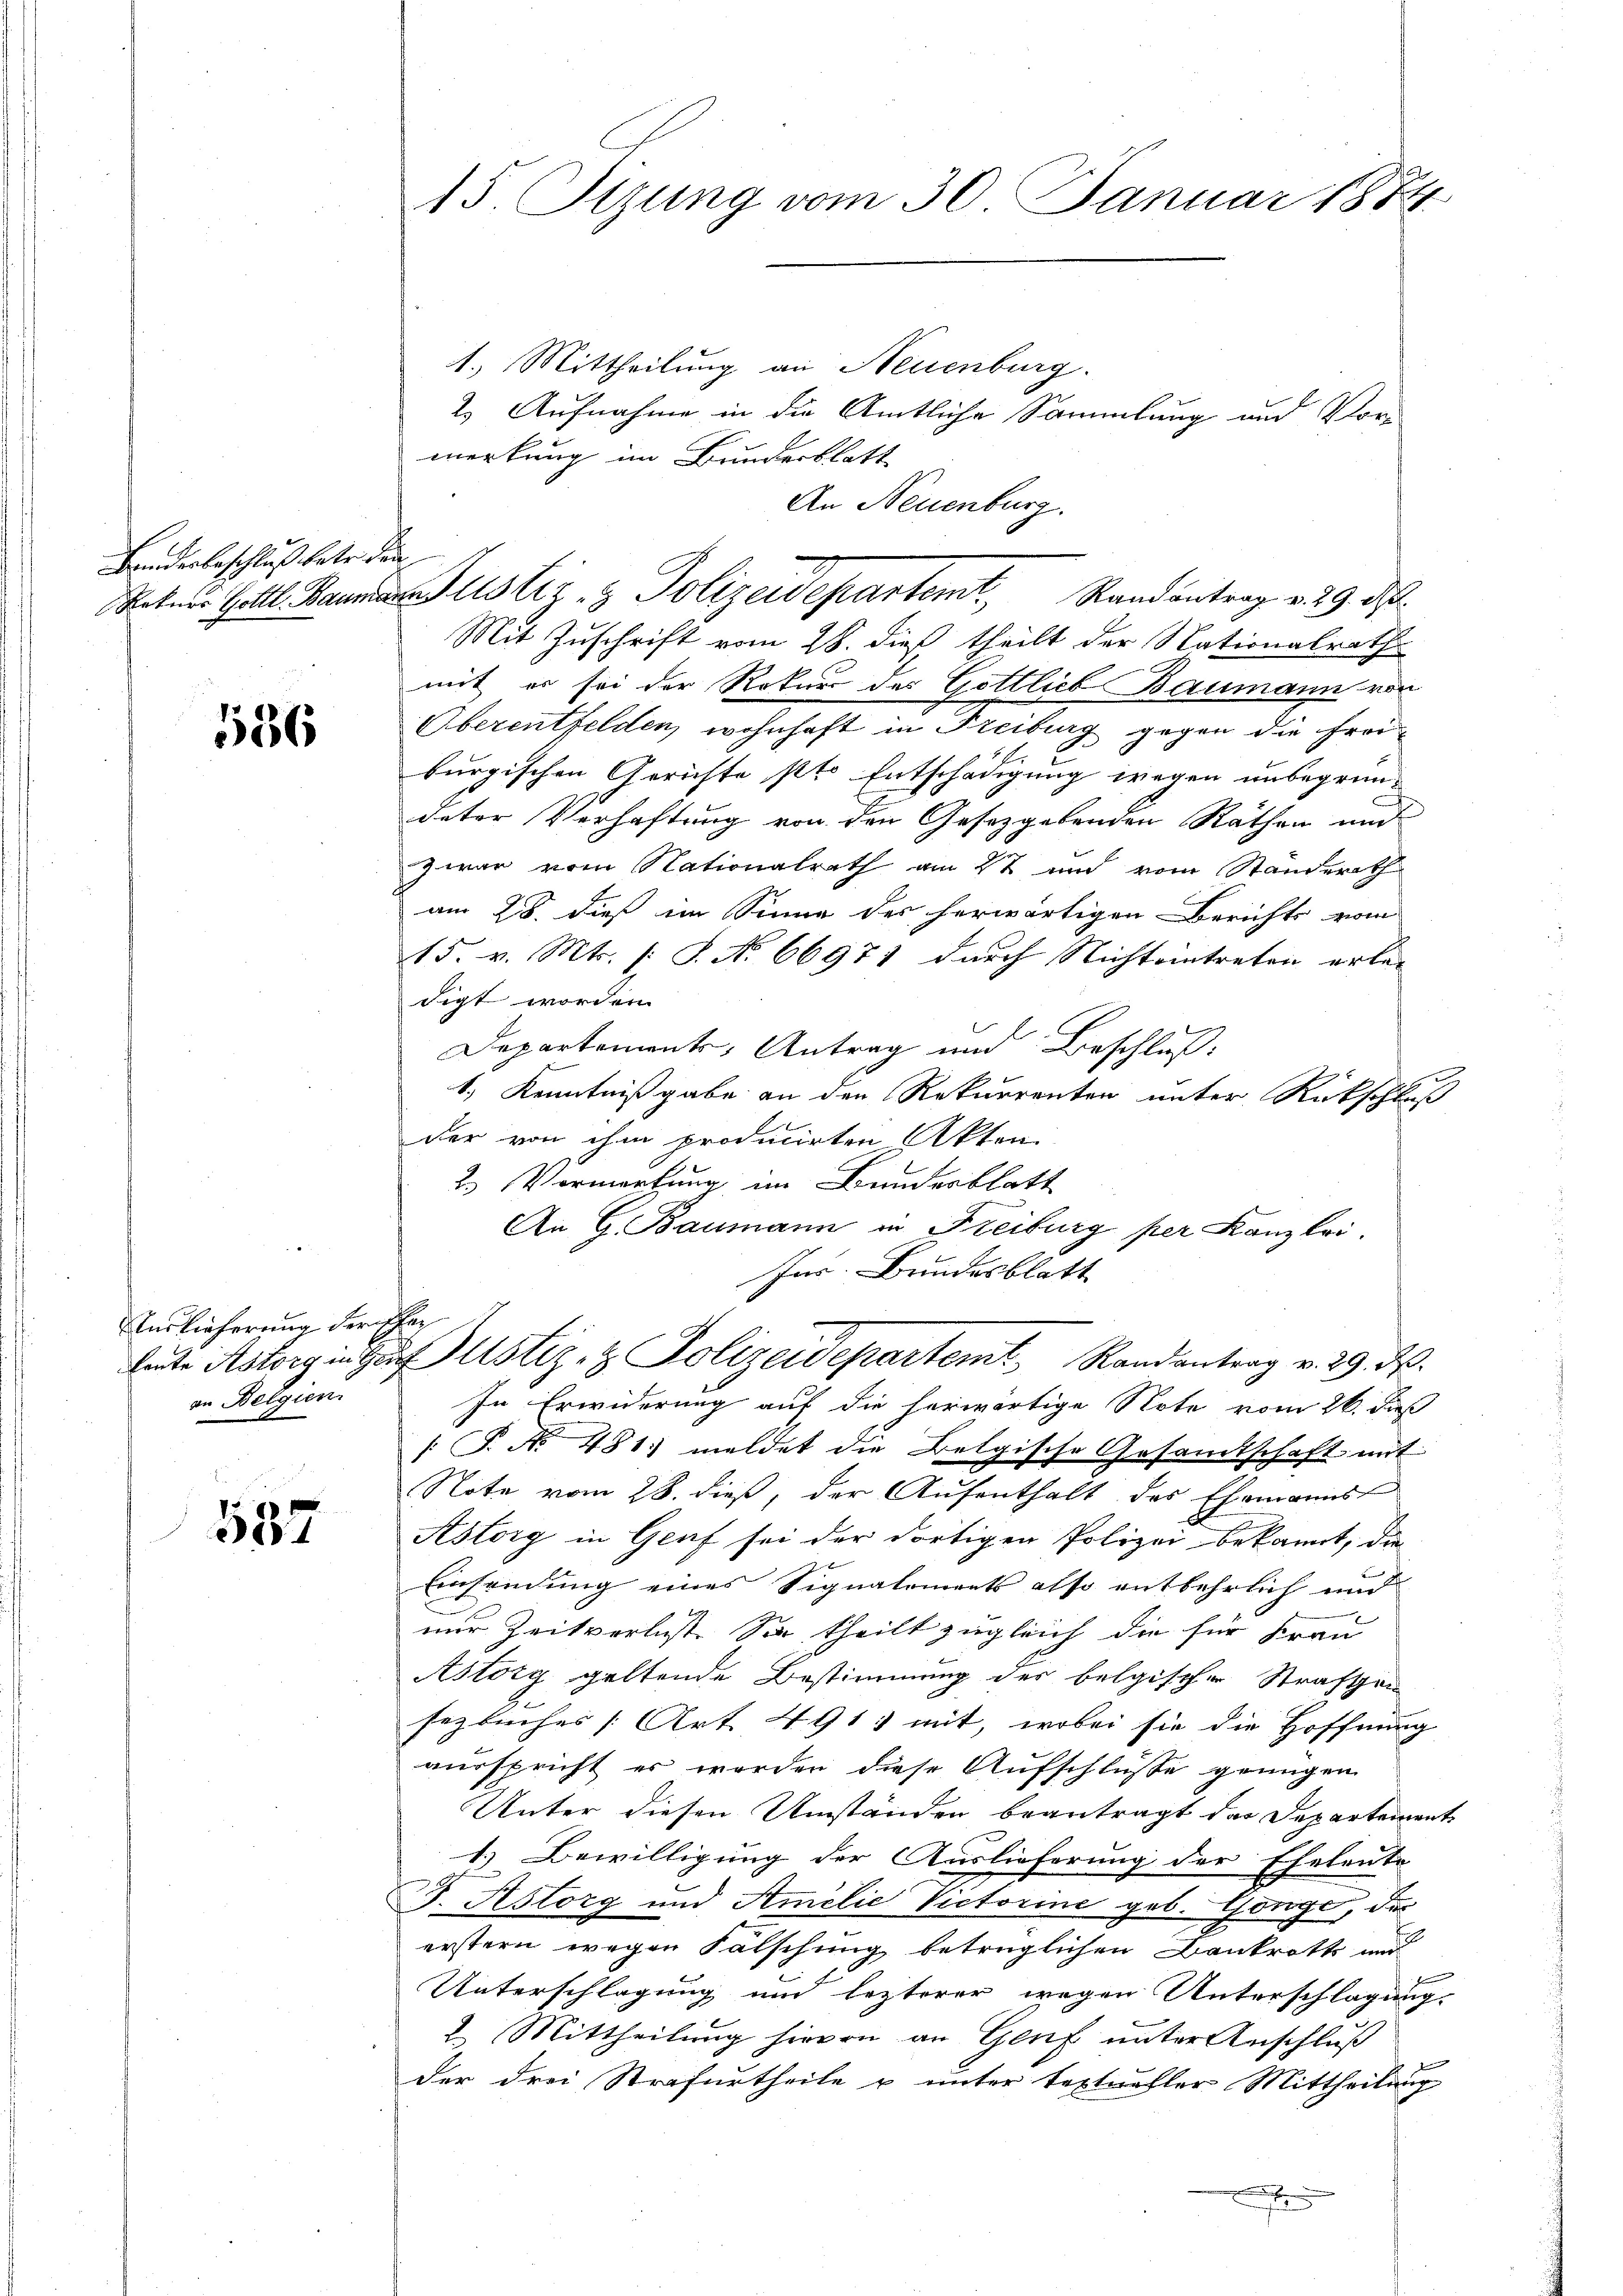
Binderbeschluß betr. den

586

uslieferung der Her
an Belgien.

537

15 Sizung vom 30. Januar 1884

1.) Mittheilung an Neuenburg.
2.) Aufnahme in die Amtliche Sammlung und Vor
merkung im Bundesblatt
Mit Zuschrift vom 28. dieß theilt der Nationalrath
mit er sei der Rekurs des Gottlieb Baumann von
Oberentfelden, wohnhaft in Freiburg gegen die Freiburgischen Gerichte st. Entschädigung wegen unbegründeter Verhaftung von den Gesetzgebenden Räthen und
zwar vom Nationalrath am 27 und vom Standerath
am 28. dieß im Sinne des herwärtigen Berichts vom
15. v. Mts. 1 S. No 66971 durch Nichteintreten erlei
digt worden.
Departements, Antrag und Beschluß:
1.) Kenntnißgabe an den Rekurrenten unter Rückschluß
der von ihm producirten Akten
2.) Vormerkung im Bundesblatt
An G. Baumann in Freiburg per Kanzlei.
Ins. Bundesblatt
heute Astorp in Hŭstiz- & Polizeidepartemt, Randantrag v. 29. X.
In Erwiderung auf die herwärtige Note vom 26. daß
[ P. No 481. meldet die Belgische Gesandtschaft mit
Note vom 28. dieß, der Aufenthalt des Ehemanns
Astory in Genf sei der dortigen Polizei bekannt, die
Einsendung eines Signatoments also entbehrlich und
nur Zeitverlust. Sie theilt zugleich die für Frau
Astörg geltende Bestimmung der belgischen Straften
sezbuches [Art. 491, mit, wobei sie die Hoffnung
ausspricht er worden diese Aufschlüße genügen
Unter diesen Umständen beantragt das Departeien.
1.) Bewilligung der Auslieferung der Eheleute
J. Astorg und Amilie Victorine geb. Gonge, der
erstern wegen Fälschung betrüglichen Bankrotts und
2
Unterschlagung und lezterer wegen Unterschlagung.
2. Mittheilung hievon an Genf unter Anschluß
f
der drei Strafurtheile u unter textueller Mittheilung

An Neuenburg.
Roten Hall annia Justiz & Polizeidepartemt. Randantrag v. 29. d.

)